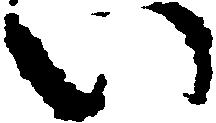
い